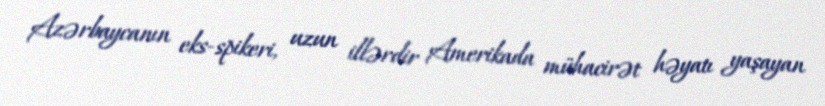
Azərbaycanın eks-spikeri, uzun illərdir Amerikada mühacirət həyatı yaşayan